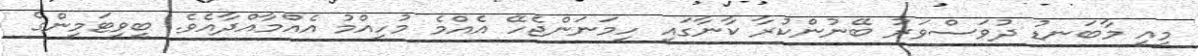
މިއީ މާބަނޑު ދުވަސްވަރު ބޭނުންކުރާ ކާނާގައި ހިމަނަންޖެހޭ އެއްމެ މުހިއްމު އެއްމާއްދާއެވެ. ބީވިޓަމިންގެ